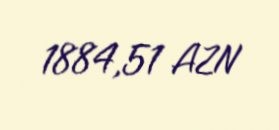
1884,51 AZN